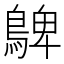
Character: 𪂃